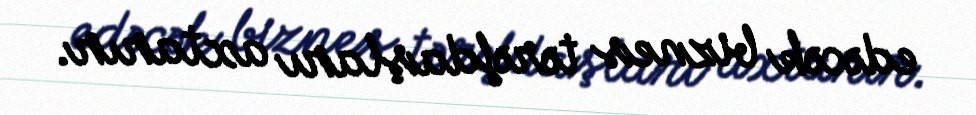
edəcək biznes tərəfdaşları axtarır.